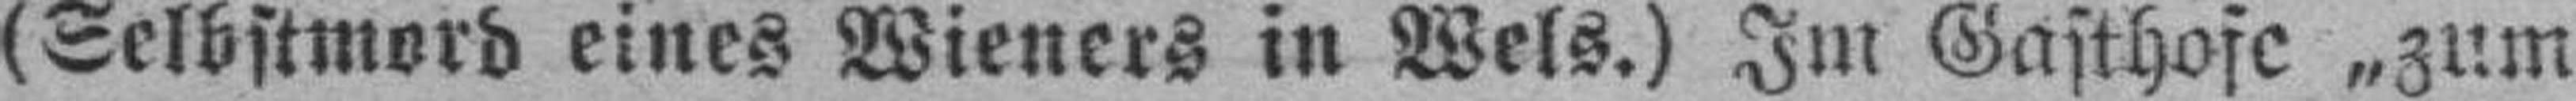
(Selbstmord eines Wieners in Wels.) Im Gasthofe „zum